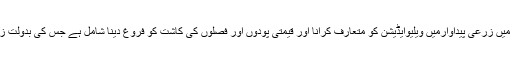
انہوں نے کہا کہ ماہرین زراعت اور زرعی اداروں کی تحقیقاتی ترجیحات میں زرعی پیداوارمیں ویلیوایڈیشن کو متعارف کرانا اور قیمتی پودوں اور فصلوں کی کاشت کو فروغ دینا شامل ہے جس کی بدولت زرمبادلہ میں اضافہ ہوگا اور کاشتکاروں کی آمدنی بھی کئی گنا بڑھے گی۔